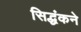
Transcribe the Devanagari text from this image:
सिद्धंकने